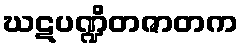
ဃဋပဏ္ဍိတဇာတက